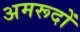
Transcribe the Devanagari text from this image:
अमरूदों